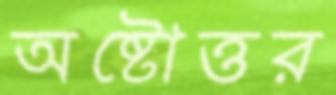
অষ্টোত্তর